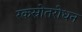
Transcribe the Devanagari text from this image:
रकस्रोतरोधन